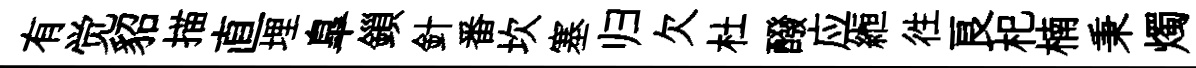
有觉貂描直埋臯鎻針番坎塞归欠杜醱应縆徃良𣏌楠秉燭